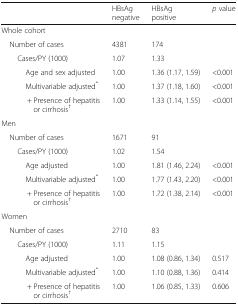
|  | HBsAg negative | HBsAg positive | p value |
 | --- | --- | --- | --- |
 | <COLSPAN=4> Whole cohort |
 | Number of cases | 4381 | 174 |  |
 | Cases/PY (1000) | 1.07 | 1.33 |  |
 | Age and sex adjusted | 1.00 | 1.36 (1.17, 1.59) | <0.001 |
 | Multivariable adjusted* | 1.00 | 1.37 (1.18, 1.60) | <0.001 |
 | + Presence of hepatitis or cirrhosis† | 1.00 | 1.33 (1.14, 1.55) | <0.001 |
 | <COLSPAN=4> Men |
 | Number of cases | 1671 | 91 |  |
 | Cases/PY (1000) | 1.02 | 1.54 |  |
 | Age adjusted | 1.00 | 1.81 (1.46, 2.24) | <0.001 |
 | Multivariable adjusted* | 1.00 | 1.77 (1.43, 2.20) | <0.001 |
 | + Presence of hepatitis or cirrhosis† | 1.00 | 1.72 (1.38, 2.14) | <0.001 |
 | <COLSPAN=4> Women |
 | Number of cases | 2710 | 83 |  |
 | Cases/PY (1000) | 1.11 | 1.15 |  |
 | Age adjusted | 1.00 | 1.08 (0.86, 1.34) | 0.517 |
 | Multivariable adjusted* | 1.00 | 1.10 (0.88, 1.36) | 0.414 |
 | + Presence of hepatitis or cirrhosis† | 1.00 | 1.06 (0.85, 1.33) | 0.606 |